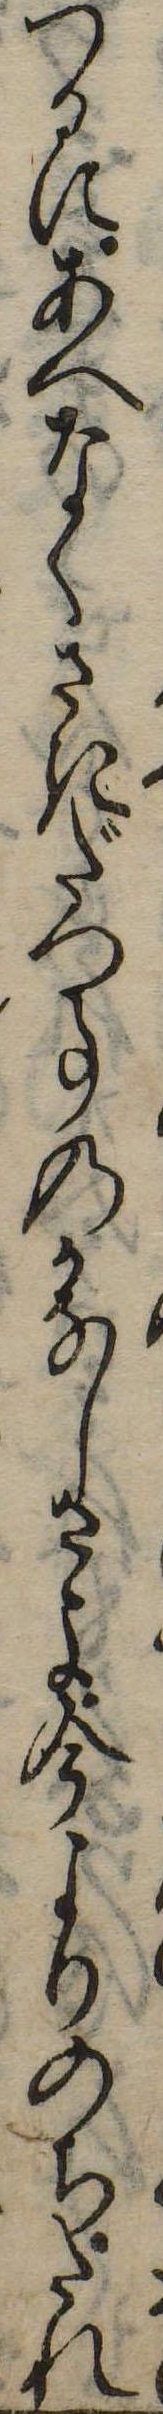
つるにあへなくさきだつ事のかなしさよ今よりのちたれ